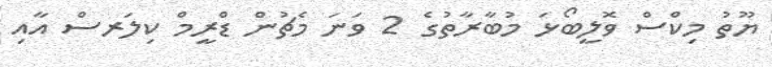
ޔޫތު މިކްސް ވޮލީބޯޅަ މުބާރާތުގެ 2 ވަނަ މެޗުން ޑްރީމް ކިލަރސް އާއި